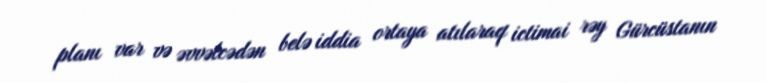
planı var və əvvəlcədən belə iddia ortaya atılaraq ictimai rəy Gürcüstanın